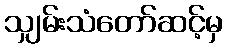
သျှမ်းသံတော်ဆင့်မှ